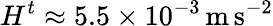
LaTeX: H^{t}\approx 5.5\times 10^{-3}\, \mathrm{m}\, \mathrm{s}^{-2}